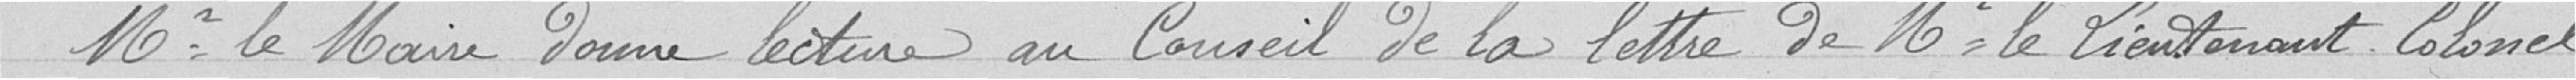
Monsieur le Maire donne lecture au Conseil de la lettre de Monsieur le Lieutenant Colonel